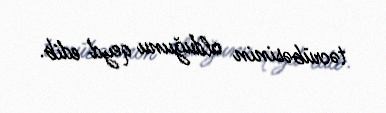
təcrübəsinin olduğunu qeyd edib.